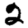
Digit: 2